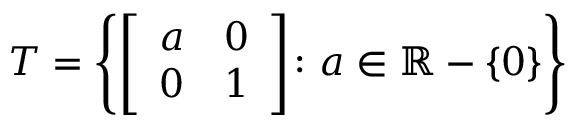
T = \left\{ { \left[ \begin{array} { l l } { a } & { 0 } \\ { 0 } & { 1 } \end{array} \right] } \colon a \in \mathbb { R } - \{ 0 \} \right\}